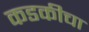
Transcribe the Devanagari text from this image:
कडकीचा